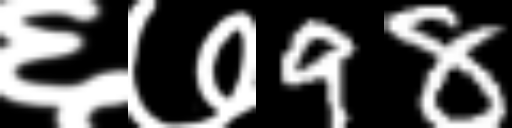
Text: ६७98